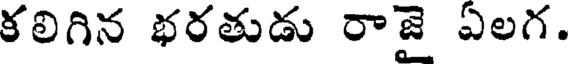
కలిగిన భరతుడు రాజై ఏలగ.